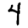
Digit: 4